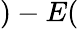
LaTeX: )-E(